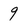
Character: 9